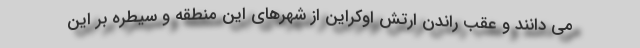
می دانند و عقب راندن ارتش اوکراین از شهرهای این منطقه و سیطره بر این